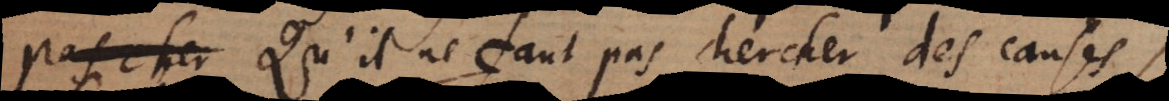
capable. Qu’il ne faut pas chercher des causes